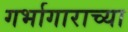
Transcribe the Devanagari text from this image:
गर्भागाराच्या